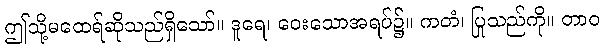
ဤသို့မထေရ်ဆိုသည်ရှိသော်။ ဒူရေ၊ ဝေးသောအရပ်၌။ ကတံ၊ ပြုသည်ကို။ တာဝ